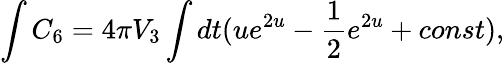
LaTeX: \int C_{6}=4\pi V_{3}\int dt(ue^{2u}-{\frac{1}{2}}e^{2u}+const),